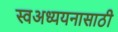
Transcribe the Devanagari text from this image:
स्वअध्ययनासाठी